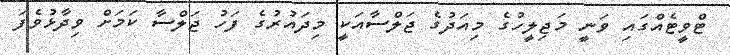
ޓްވީޓެއްގައި ވަނީ މަޖިލީހުގެ މިއަދުގެ ޖަލްސާއަކީ މިދައުރުގެ ފަހު ޖަލްސާ ކަމަށް ވިދާޅުވެފަ